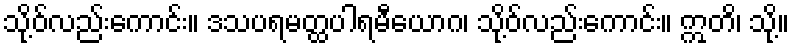
သို့ဝ်လည်းကောင်း။ ဒသပရမတ္ထပါရမီယောဂ၊ သို့ဝ်လည်းကောင်း။ ဣတိ၊ သို့။